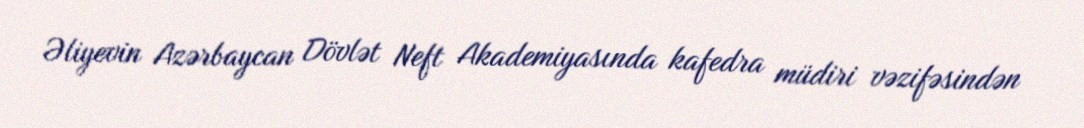
Əliyevin Azərbaycan Dövlət Neft Akademiyasında kafedra müdiri vəzifəsindən